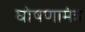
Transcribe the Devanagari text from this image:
घोषणामंत्र